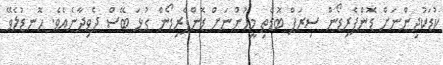
ކުޑަކުދިންނަށް ޑޮންޕެރިޑޯން ސިރަޕް ބޮޑެތި މީހުންނަށް ޑޮންޕެރިޑޯން ގުޅަ ބޭސް ދެވިދާނެއެވެ. ހޮނޑުލެވޭ